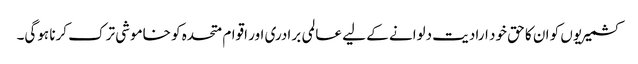
کشمیریوں کو ان کا حق خود ارادیت دلوانے کے لیے عالمی برادری اور اقوام متحدہ کو خاموشی ترک کرنا ہوگی۔